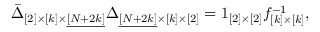
\bar { \Delta } _ { [ 2 ] \times [ k ] \times \underline { { { [ N + 2 k ] } } } } \Delta _ { \underline { { { [ N + 2 k ] } } } \times [ k ] \times [ 2 ] } = 1 _ { [ 2 ] \times [ 2 ] } f _ { [ k ] \times [ k ] } ^ { - 1 } ,